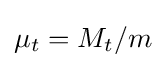
\mu _{t}=M_{t}/m